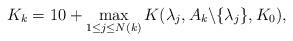
LaTeX: \begin{align*} K_{k}=10+\max_{1\leq j\leq N(k)}K(\lambda_j,A_k\backslash \{\lambda_j\},K_0),\end{align*}